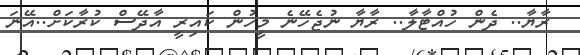
ރާޔާ.. ދެން ހުއްޓާލާ.. ރާޔާ ނުޖެހޭނެ މީހުން ކައިރީ އާދޭސް ކުރާކަށް..އޭނަ